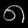
Digit: ၈